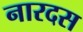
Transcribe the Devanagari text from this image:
नारदस